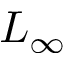
L _ { \infty }